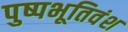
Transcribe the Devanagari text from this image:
पुष्पभूतिवंश